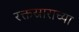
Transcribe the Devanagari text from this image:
रक्तस्राराच्या